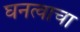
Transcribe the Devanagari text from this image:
घनत्वाचा